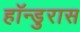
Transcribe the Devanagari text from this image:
हॉन्डुरास